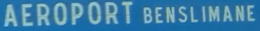
AEROPORT BENSЛИMANE